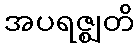
အပရဇ္ဈတိ